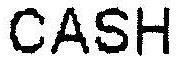
CASH